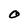
Character: O